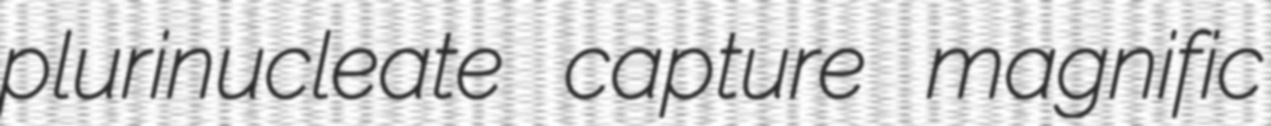
plurinucleate capture magnific